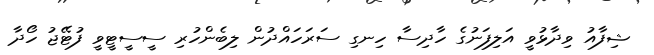
ޝިފާއު ވިދާޅުވީ އަލިފަނުގެ ހާދިސާ ހިނގި ސަރަހައްދުން ލިބެންހުރި ސީސީޓީވީ ފުޓޭޖު ހޯދާ